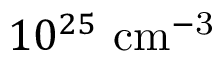
1 0 ^ { 2 5 } ~ \mathrm { { c m } ^ { - 3 } }